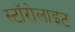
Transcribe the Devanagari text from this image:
स्टॉरोलाइट